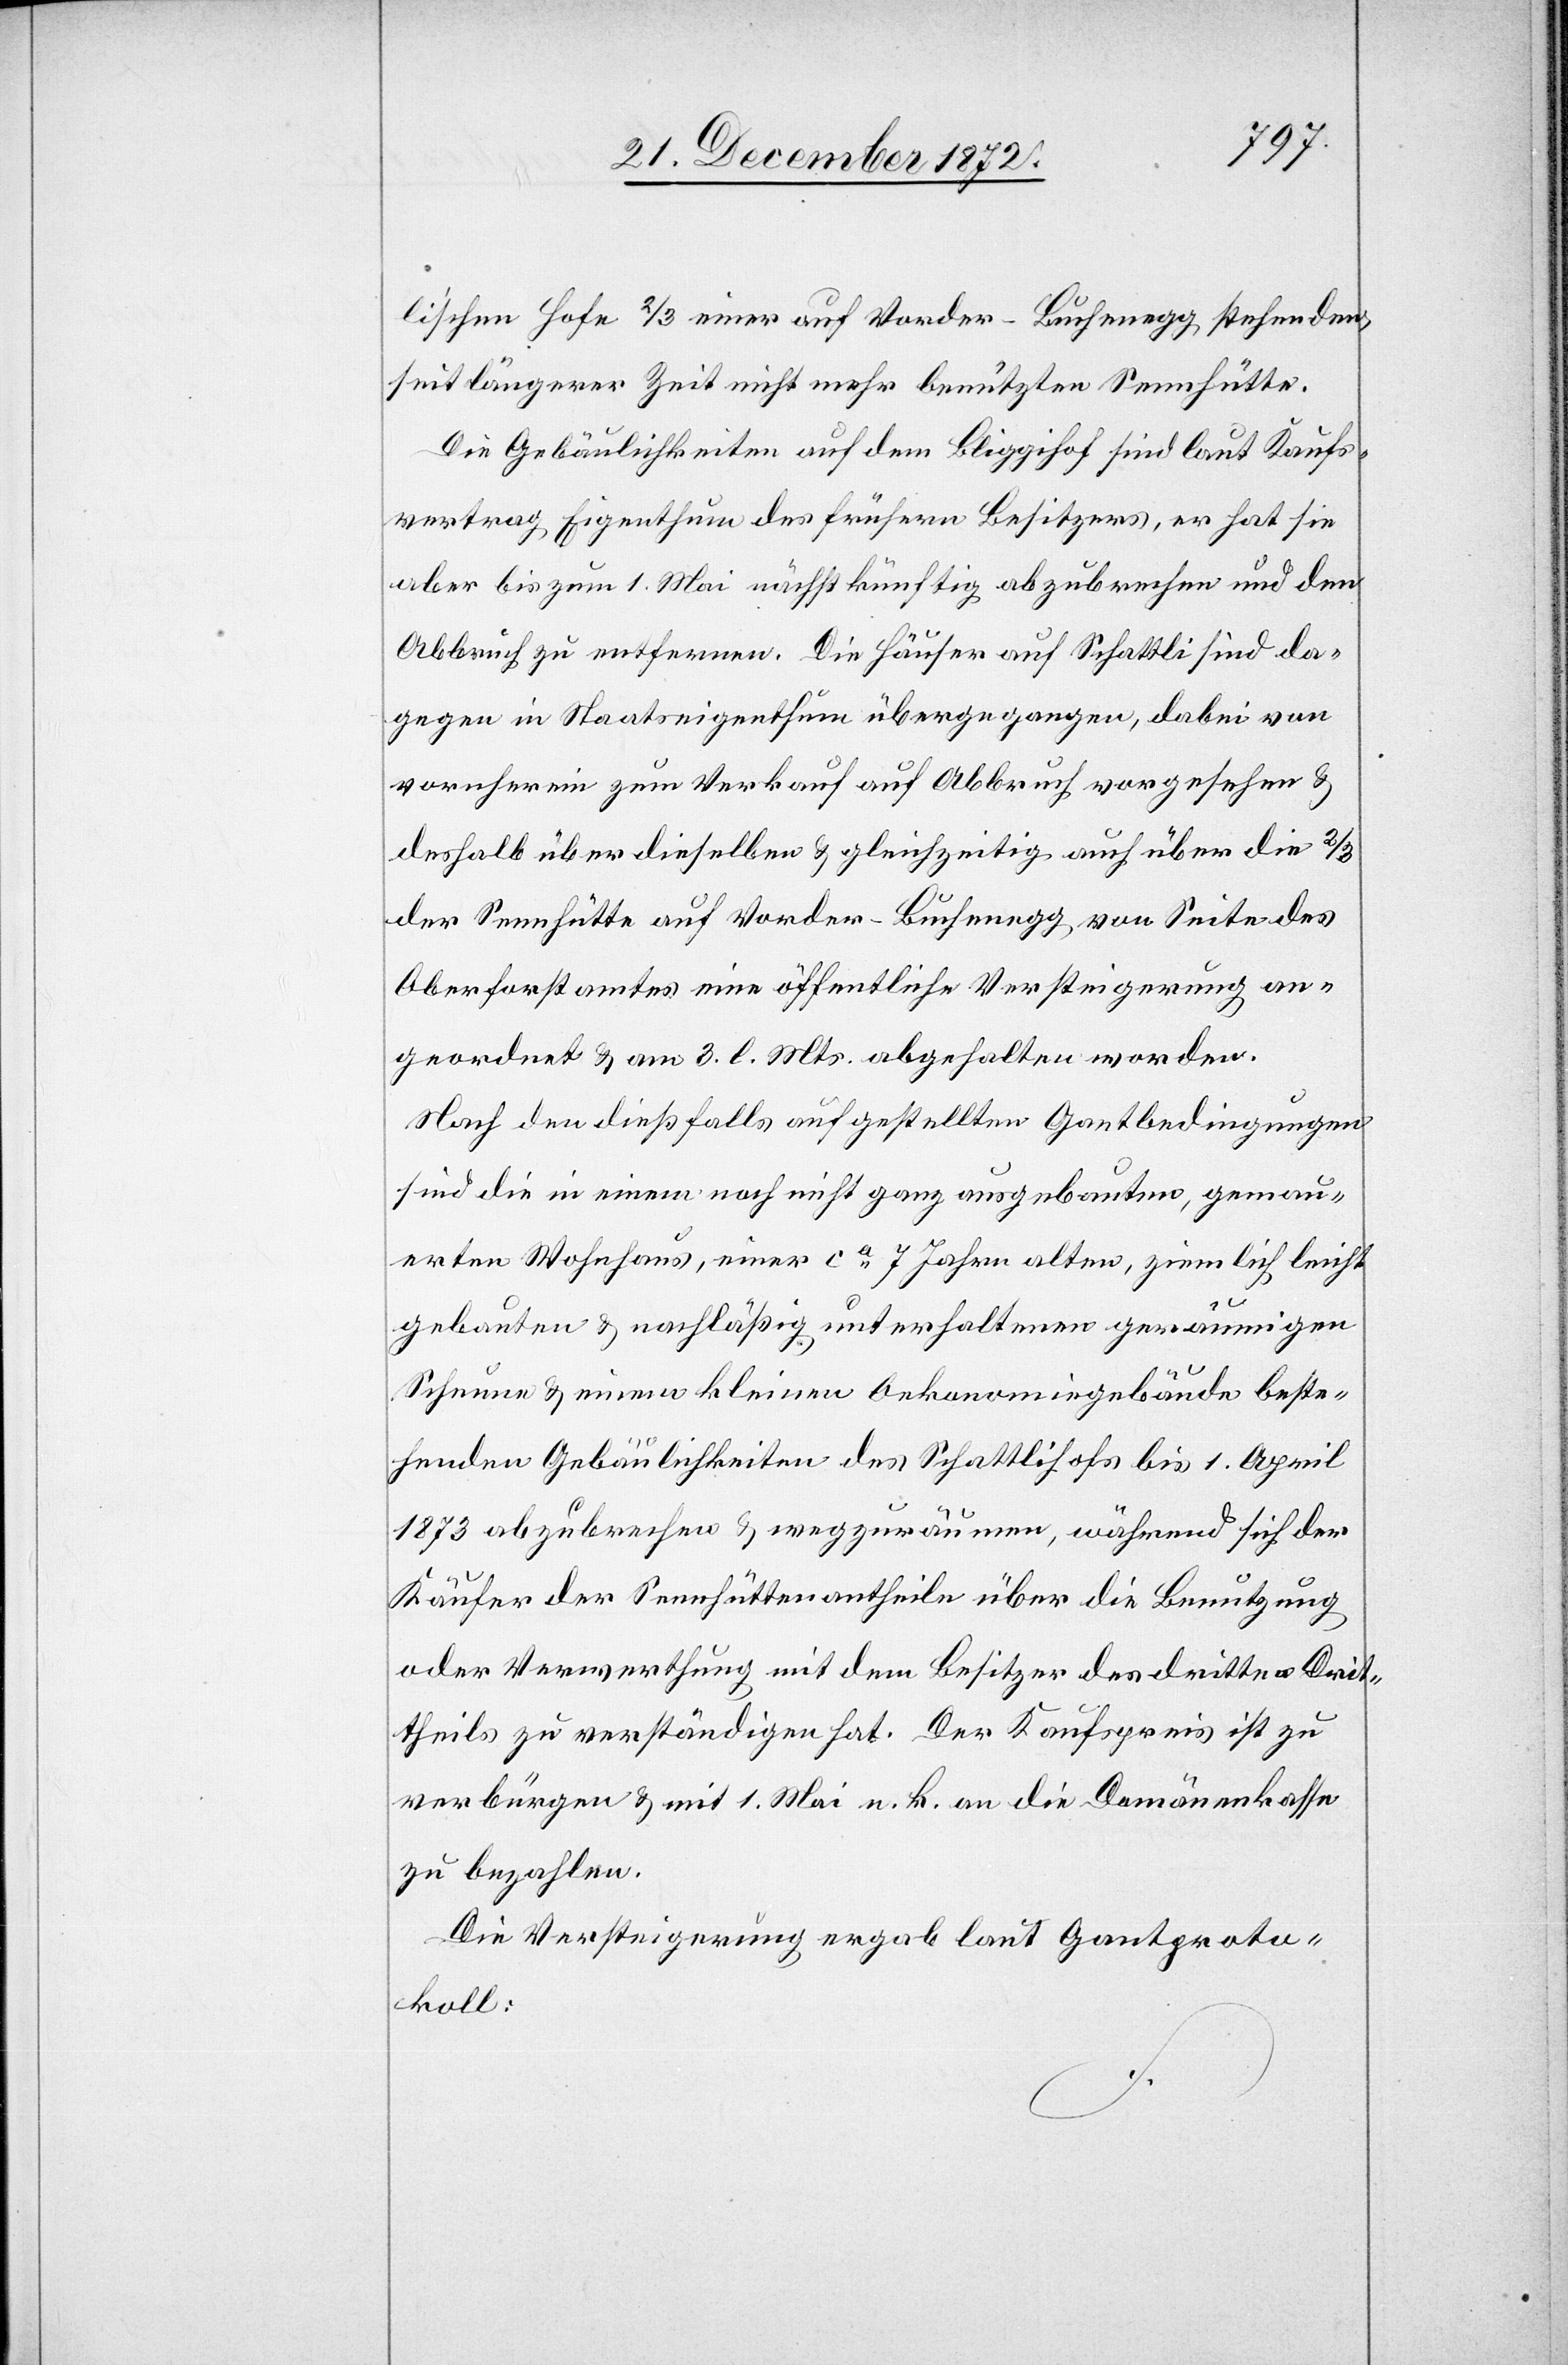
li’schen Hofe 2/3 einer auf Vorder-Buchenegg stehenden,
seit längerer Zeit nicht mehr benützten Sennhütte.
Die Gebäulichkeiten auf dem Bliggihof sind laut Kaufs¬
vertrag Eigenthum des frühern Besitzers, er hat sie
aber bis zum 1. Mai nächstkünftig abzubrechen und den
Abbruch zu entfernen. Die Häuser auf Schattli sind da¬
gegen in Staatseigenthum übergegangen, dabei von
vornherein zum Verkauf auf Abbruch vorgesehen u.
deshalb über dieselben u. gleichzeitig auch über die 2/3
der Sennhütte auf Vorder-Buchenegg von Seite des
Oberforstamtes eine öffentliche Versteigerung an¬
geordnet u. am 3. l. Mts. abgehalten worden.
Nach den dießfalls aufgestellten Gantbedingungen
sind die in einem noch nicht ganz ausgebauten, gemau¬
erten Wohnhaus, einer ca 7 Jahre alten, ziemlich leicht
gebauten u. nachläßig unterhaltenen geräumigen
Scheune u. einem kleinen Oekonomiegebäude beste¬
henden Gebäulichkeiten des Schattlihofs bis 1. April
1873 abzubrechen u. wegzuräumen, während sich der
Käufer der Sennhüttenantheile über die Benutzung
oder Verwerthung mit dem Besitzer des dritten Drit¬
theils zu verständigen hat. Der Kaufspreis ist zu
verbürgen u. mit 1. Mai n. k. an die Domänenkasse.
Die Versteigerung ergab laut Gantproto¬
koll: